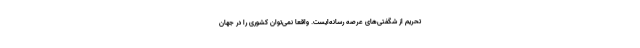
تحریم‌ از شگفتی‌های عرصه رسانه‌ایست. واقعاً نمی‌توان کشوری را در جهان